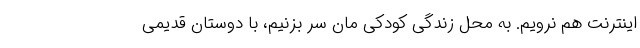
اینترنت هم نرویم. به محل زندگی کودکی مان سر بزنیم، با دوستان قدیمی